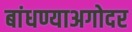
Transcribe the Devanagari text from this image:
बांधण्याअगोदर